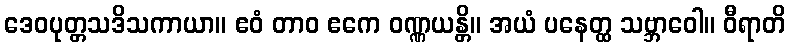
ဒေဝပုတ္တသဒိသကာယာ။ ဧဝံ တာဝ ဧကေ ဝဏ္ဏယန္တိ။ အယံ ပနေတ္ထ သဗ္ဘာဝေါ။ ဝီရာတိ